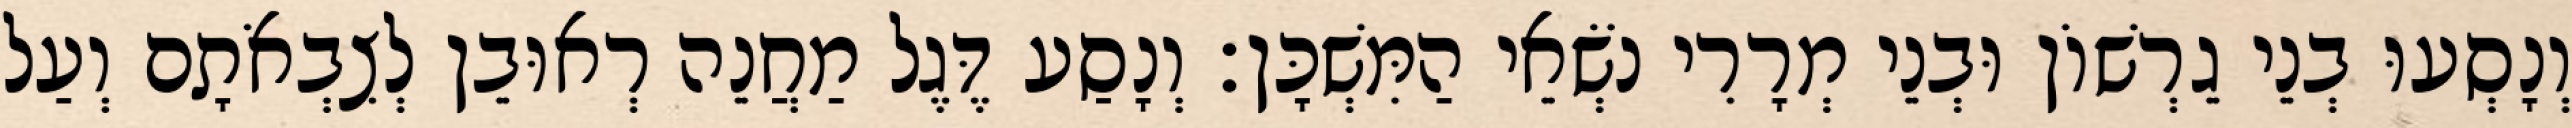
וְנָסְעוּ בְנֵי גֵרְשׁוֹן וּבְנֵי מְרָרִי נֹשְׂאֵי הַמִּשְׁכָּן׃ וְנָסַע דֶּגֶל מַחֲנֵה רְאוּבֵן לְצִבְאֹתָם וְעַל